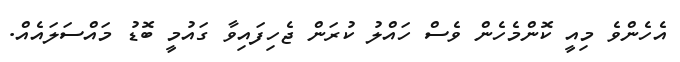
އެހެންވެ މިއީ ކޮންމެހެން ވެސް ހައްލު ކުރަން ޖެހިފައިވާ ގައުމީ ބޮޑު މައްސަލައެއް.